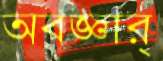
অবজ্ঞার্